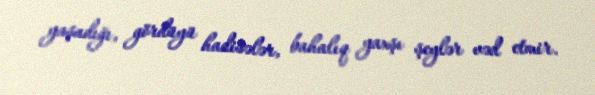
yaşadığı, gördüyü hadisələr, bahalıq yaxşı şeylər vəd etmir.